Civil Veterinary Department Bengal reports 1923-33 - 1923-1933
Year: 1923
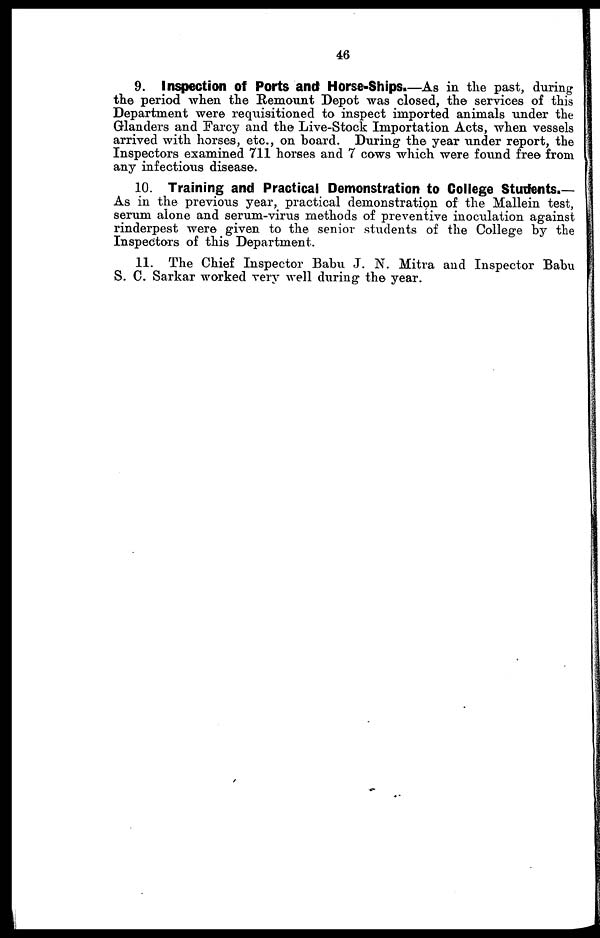
46
9. Inspection of Ports and Horse-Ships.—As in the past, during
the period when the Remount Depot was closed, the services of this
Department were requisitioned to inspect imported animals under the
Glanders and Farcy and the Live-Stock Importation Acts, when vessels
arrived with horses, etc., on board. During the year under report, the
Inspectors examined 711 horses and 7 cows which were found free from
any infectious disease.
10. Training and Practical Demonstration to College Students.—
As in the previous year, practical demonstration of the Mallein test,
serum alone and serum-virus methods of preventive inoculation against
rinderpest were given to the senior students of the College by the
Inspectors of this Department.
11. The Chief Inspector Babu J. N. Mitra and Inspector Babu
S. C. Sarkar worked very well during the year.